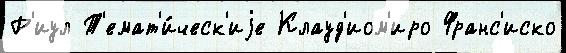
Р'иул Т'емат'и́ческ'иjе Клауд'иом'иро Франс'иско